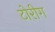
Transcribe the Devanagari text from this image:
टोरीग